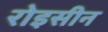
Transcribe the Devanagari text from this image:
रोइसीन